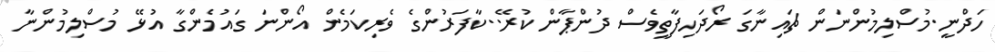
ހަދްނީ.މުސްލިމުންނަން ޗައިނާގަ ރޯދަހިފާތީވެސް ދުންޕާން ކުރޭ..ކާފަރުންގެ ވެރިކަމެން އޯންނަ ގައުމެންގާ އުޅޭ މުސްލިމުންނާ